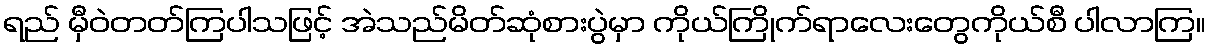
ရည် မှီဝဲတတ်ကြပါသဖြင့် အဲသည်မိတ်ဆုံစားပွဲမှာ ကိုယ်ကြိုက်ရာလေးတွေကိုယ်စီ ပါလာကြ။